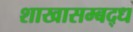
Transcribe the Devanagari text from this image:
शाखासम्बद्ध